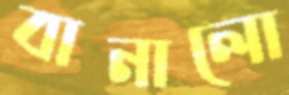
বানালো